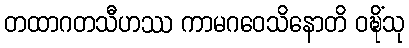
တထာဂတသီဟဿ ကာမဂဝေသိနောတိ ဝဍ္ဎိံသု